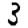
Digit: 3